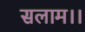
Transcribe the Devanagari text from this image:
सलाम।।